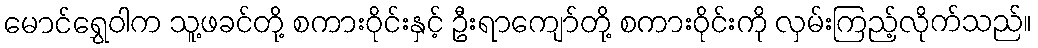
မောင်ရွှေဝါက သူ့ဖခင်တို့ စကားဝိုင်းနှင့် ဦးရာကျော်တို့ စကားဝိုင်းကို လှမ်းကြည့်လိုက်သည်။